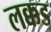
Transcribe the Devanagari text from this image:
लक्कड